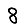
Digit: 8